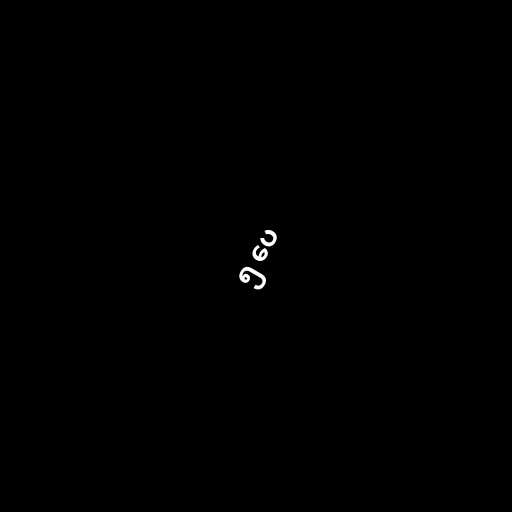
၅ ပေ